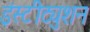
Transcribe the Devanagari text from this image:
इंस्टीट्युशन